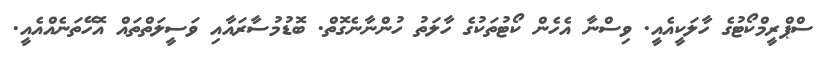
ސްޕްރީމްކޯޓުގެ ހާލަކީއެއީ. ވިސްނާ އެހެން ކޯޓުތަކުގެ ހާލަތު ހުންނާނެގޮތް. ބޮޑުމުސާރައާއި ވަސީލަތްތައް އޮހޭތަނެއްއެއީ.